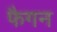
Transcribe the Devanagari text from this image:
फैगन